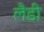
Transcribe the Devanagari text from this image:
लैडी